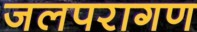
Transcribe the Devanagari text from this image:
जलपरागण